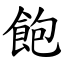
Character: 飽